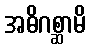
အဓိဂစ္ဆာမိ